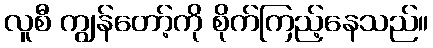
လူစီ ကျွန်တော့်ကို စိုက်ကြည့်နေသည်။